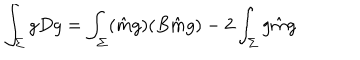
\int _ { \Sigma } g D g = \int _ { \Sigma } ( \hat { m } g ) ( B \hat { m } g ) - 2 \int _ { \Sigma } g \hat { m } g